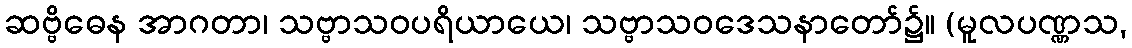
ဆဗ္ဗိဓေန အာဂတာ၊ သဗ္ဗာသဝပရိယာယေ၊ သဗ္ဗာသဝဒေသနာတော်၌။ (မူလပဏ္ဏသ,